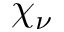
\chi _ { \nu }